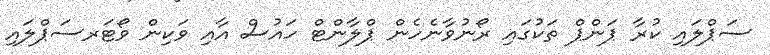
ސަޕްލައި ކުރާ ޕަންޕް ތަކުގައި ރޯނުވާނެހެން ޕްލާންޓް ހައުސް އާއި ވަކިން ވޯޓަރސަޕްލައި